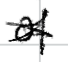
Text: of
Cross-out: cross
Writing tool: digital_black